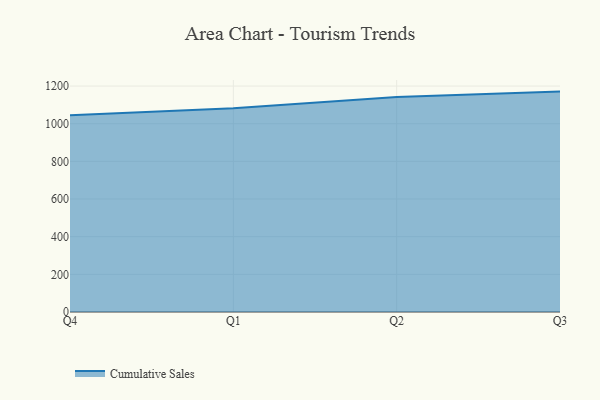
{"axis": {"x": "Quarter", "y": "Gross Profit (USD K)"}, "legend": ["Cumulative Sales"], "data": [{"x": "Q4", "y": 1045.2, "type": "Cumulative Sales"}, {"x": "Q1", "y": 1082.0, "type": "Cumulative Sales"}, {"x": "Q2", "y": 1142.3, "type": "Cumulative Sales"}, {"x": "Q3", "y": 1170.5, "type": "Cumulative Sales"}]}